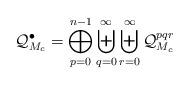
LaTeX: \begin{align*} \mathcal{Q}^\bullet_{M_c}= \bigoplus_{p=0}^{n-1}\biguplus_{q=0}^\infty \biguplus_{r=0}^\infty\mathcal{Q}^{pqr}_{M_c}\end{align*}